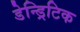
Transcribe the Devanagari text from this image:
डेन्ड्रिटिक